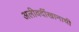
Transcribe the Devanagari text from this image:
अलीवर्दीखानाची